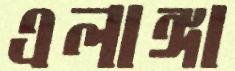
এলাঙ্গা